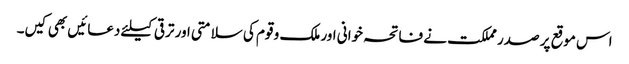
اس موقع پر صدر مملکت نے فاتحہ خوانی اور ملک و قوم کی سلامتی اور ترقی کیلئے دعائیں بھی کیں۔